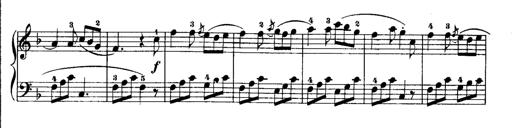
Title: Rondos and Sonatinas for Pianoforte
Composer: Daniel Steibelt